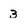
Character: 3